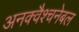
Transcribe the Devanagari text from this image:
अनक्वैश्चनेबल